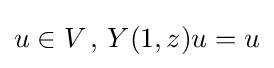
u\in V\,,\,Y(1,z)u=u